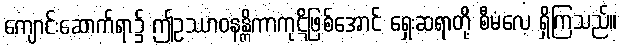
ကျောင်းဆောက်ရာ၌ ဤဥဿာဝနန္တိကာကုဋိဖြစ်အောင် ရှေးဆရာတို့ စီမံလေ့ ရှိကြသည်။